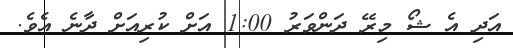
އަދި އެ ޝޯ މިރޭ ދަންވަރު 1:00 އަށް ކުރިއަށް ދާނެ އެވެ.